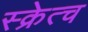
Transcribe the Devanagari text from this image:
स्क्रेत्च